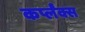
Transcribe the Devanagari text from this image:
कर्प्लंक्स